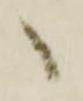
へ